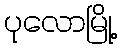
ပုလောမြို့